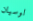
لوسيان